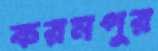
করমপুর